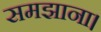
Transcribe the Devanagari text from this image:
समझाना।